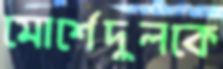
মোর্শেদুলকে